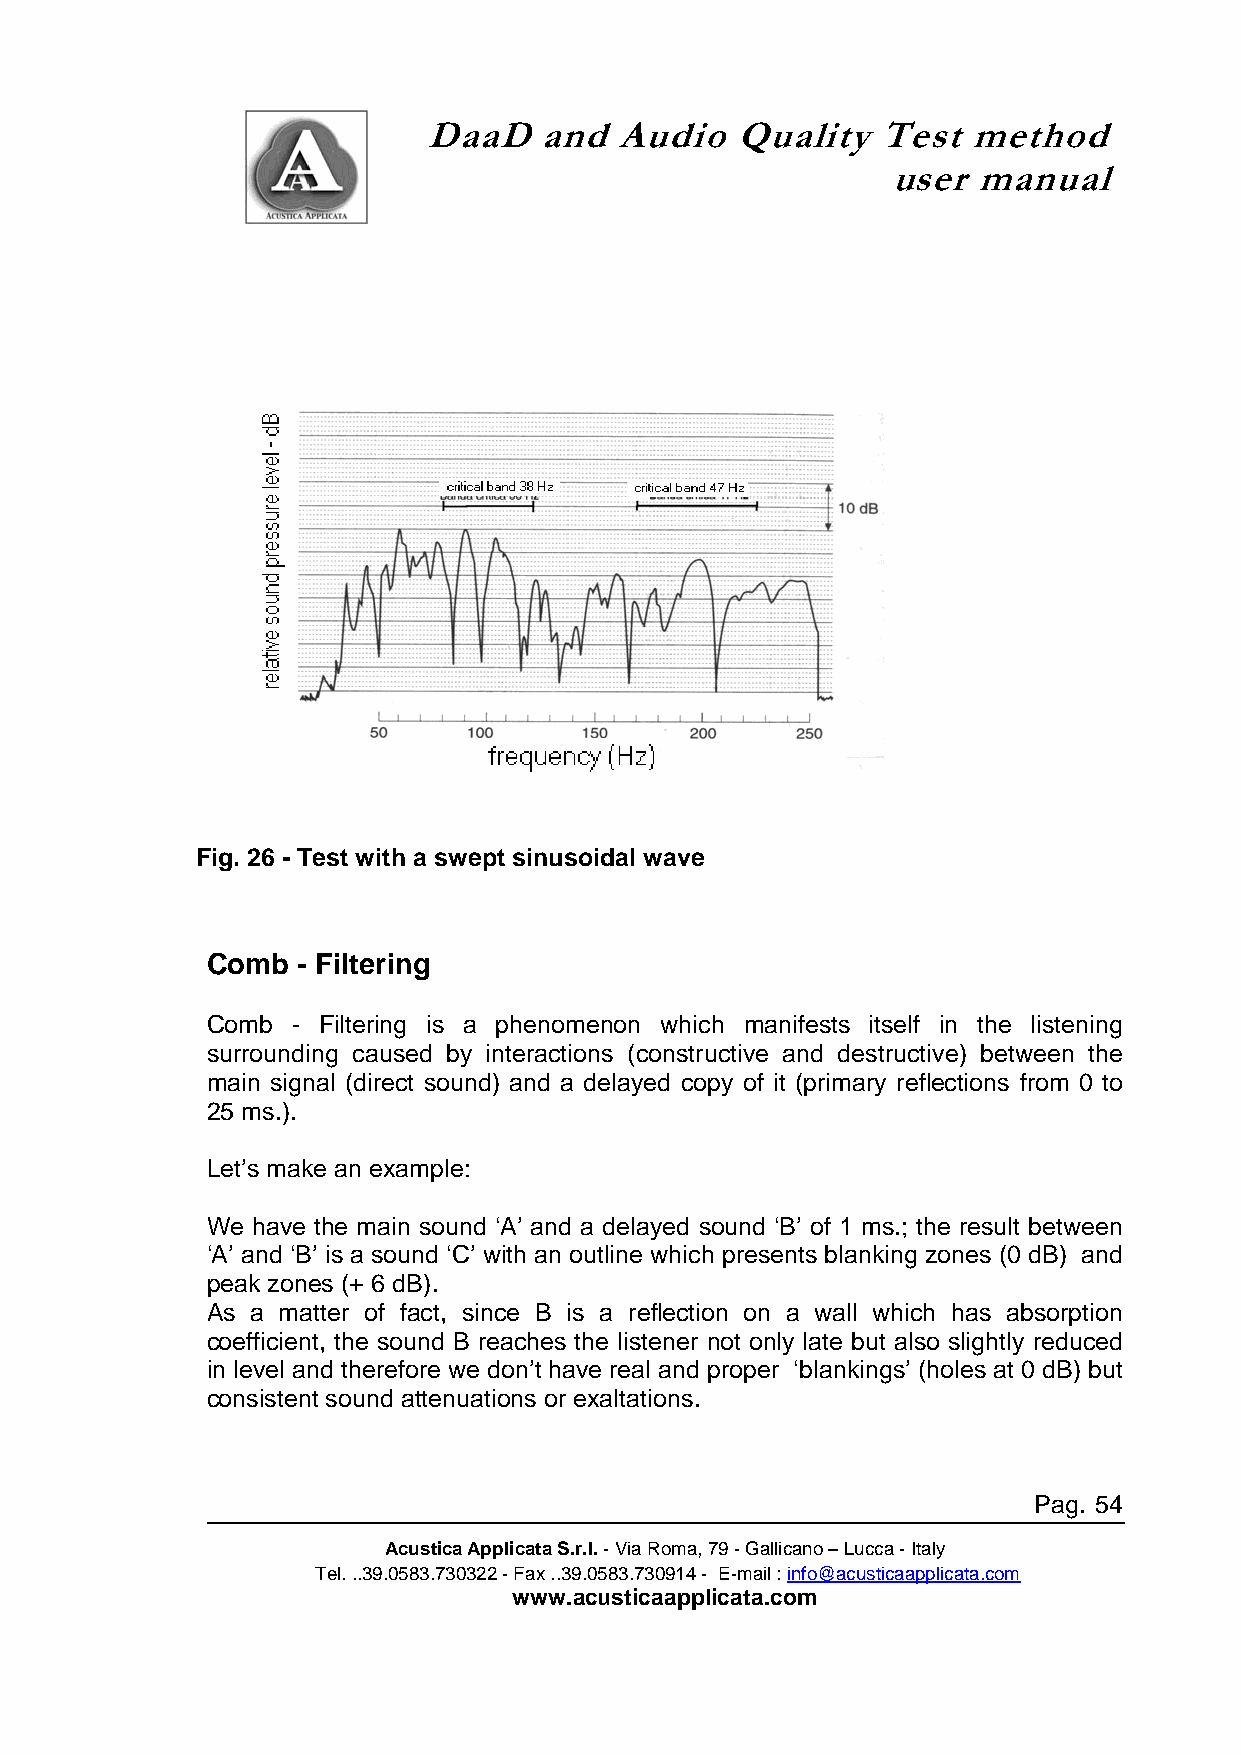
DaaD    and  Audio   Quality  Test  method
 user  manual
 Fig. 26 - Test with a swept sinusoidal wave
 Comb  - Filtering
 Comb - Filtering is a phenomenon which manifests itself in the listening
 surrounding caused by interactions (constructive and destructive) between the
 main signal (direct sound) and a delayed copy of it (primary reflections from 0 to
 25 ms.).
 Let’s make an example:
 We have the main sound ‘A’ and a delayed sound ‘B’ of 1 ms.; the result between
 ‘A’ and ‘B’ is a sound ‘C’ with an outline which presents blanking zones (0 dB) and
 peak zones (+ 6 dB).
 As a matter of fact, since B is a reflection on a wall which has absorption
 coefficient, the sound B reaches the listener not only late but also slightly reduced
 in level and therefore we don’t have real and proper ‘blankings’ (holes at 0 dB) but
 consistent sound attenuations or exaltations.
 Pag. 54
 Acustica Applicata S.r.l. - Via Roma, 79 - Gallicano – Lucca - Italy
 Tel. ..39.0583.730322 - Fax ..39.0583.730914 - E-mail : info@acusticaapplicata.com
 www.acusticaapplicata.com